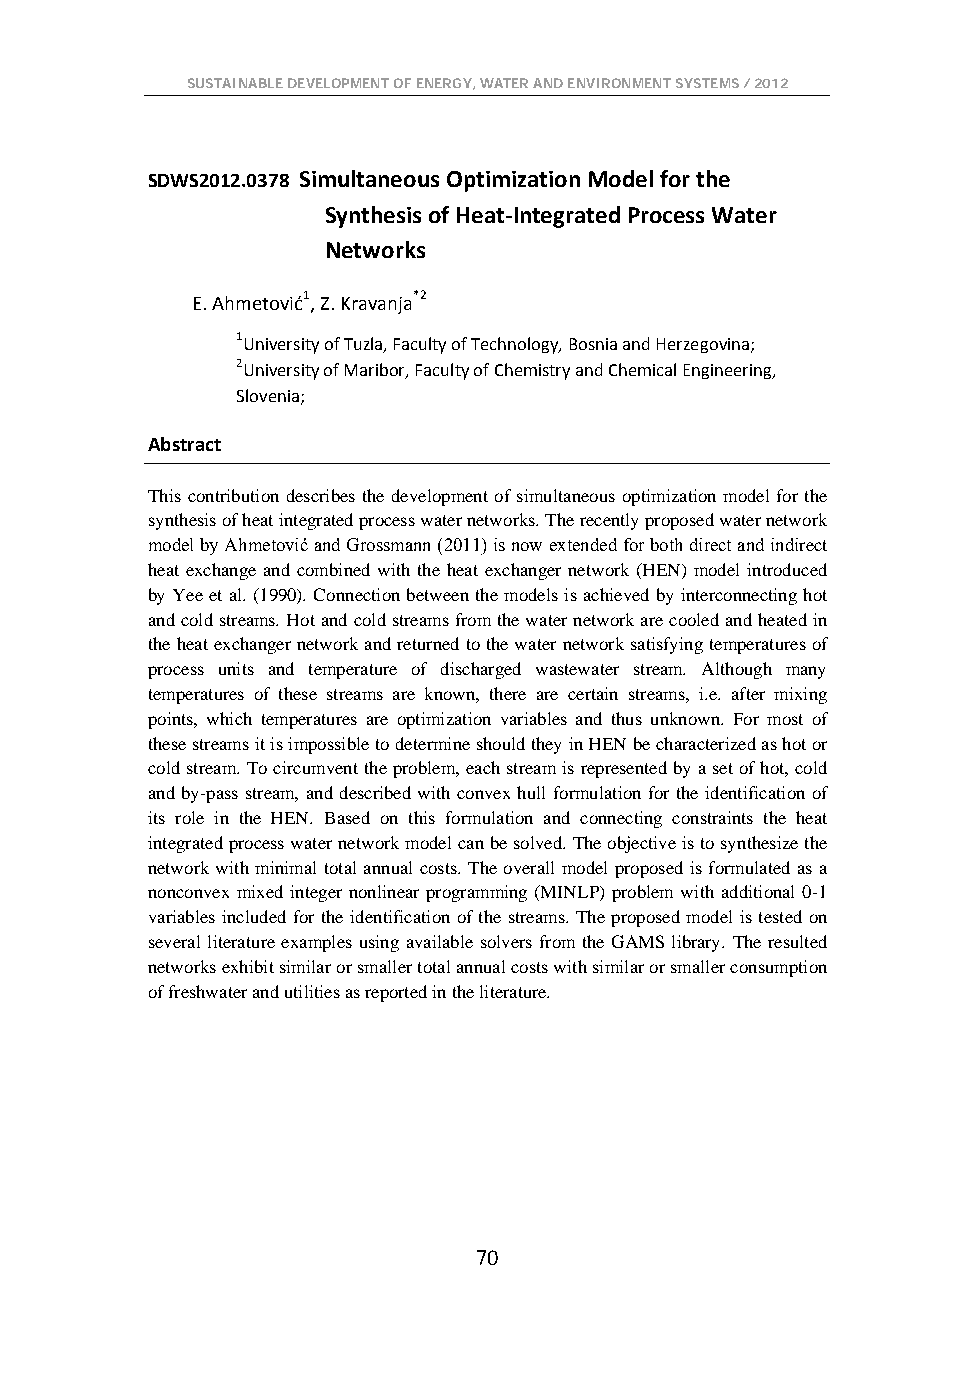
SUSTAINABLE DEVELOPMENT OF ENERGY, WATER AND ENVIRONMENT SYSTEMS / 2012
 SDWS2012.0378 Simultaneous Optimization Model for the
 Synthesis of Heat-Integrated Process Water
 Networks
 E. Ahmetović1, Z. Kravanja*2
 1University of Tuzla, Faculty of Technology, Bosnia and Herzegovina;
 2University of Maribor, Faculty of Chemistry and Chemical Engineering,
 Slovenia;
 Abstract
 This contribution describes the development of simultaneous optimization model for the
 synthesis of heat integrated process water networks. The recently proposed water network
 model by Ahmetović and Grossmann (2011) is now extended for both direct and indirect
 heat exchange and combined with the heat exchanger network (HEN) model introduced
 by Yee et al. (1990). Connection between the models is achieved by interconnecting hot
 and cold streams. Hot and cold streams from the water network are cooled and heated in
 the heat exchanger network and returned to the water network satisfying temperatures of
 process units and temperature of discharged wastewater stream. Although many
 temperatures of these streams are known, there are certain streams, i.e. after mixing
 points, which temperatures are optimization variables and thus unknown. For most of
 these streams it is impossible to determine should they in HEN be characterized as hot or
 cold stream. To circumvent the problem, each stream is represented by a set of hot, cold
 and by-pass stream, and described with convex hull formulation for the identification of
 its role in the HEN. Based on this formulation and connecting constraints the heat
 integrated process water network model can be solved. The objective is to synthesize the
 network with minimal total annual costs. The overall model proposed is formulated as a
 nonconvex mixed integer nonlinear programming (MINLP) problem with additional 0-1
 variables included for the identification of the streams. The proposed model is tested on
 several literature examples using available solvers from the GAMS library. The resulted
 networks exhibit similar or smaller total annual costs with similar or smaller consumption
 of freshwater and utilities as reported in the literature.
 70